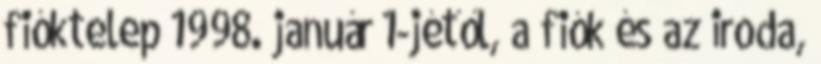
fióktelep 1998. január 1-jétől, a fiók és az iroda,